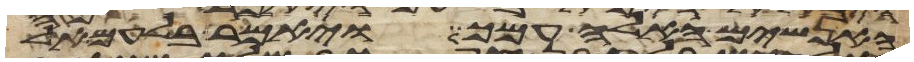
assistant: האנשים האלה עמך ויאמר בלעם אל